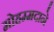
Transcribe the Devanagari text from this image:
मोहम्मदाने